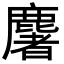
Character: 𪋏